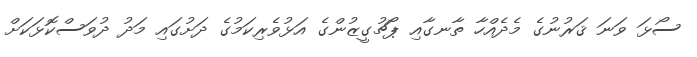
ސޯޅަ ވަނަ ޤަރުނުގެ މެދެއްހާ ތާނގާއި ޕޯޗުގީޒުންގެ އަޅުވެރިކަމުގެ ދަށުގައި މަދު ދުވަސްކޮޅަކަށް